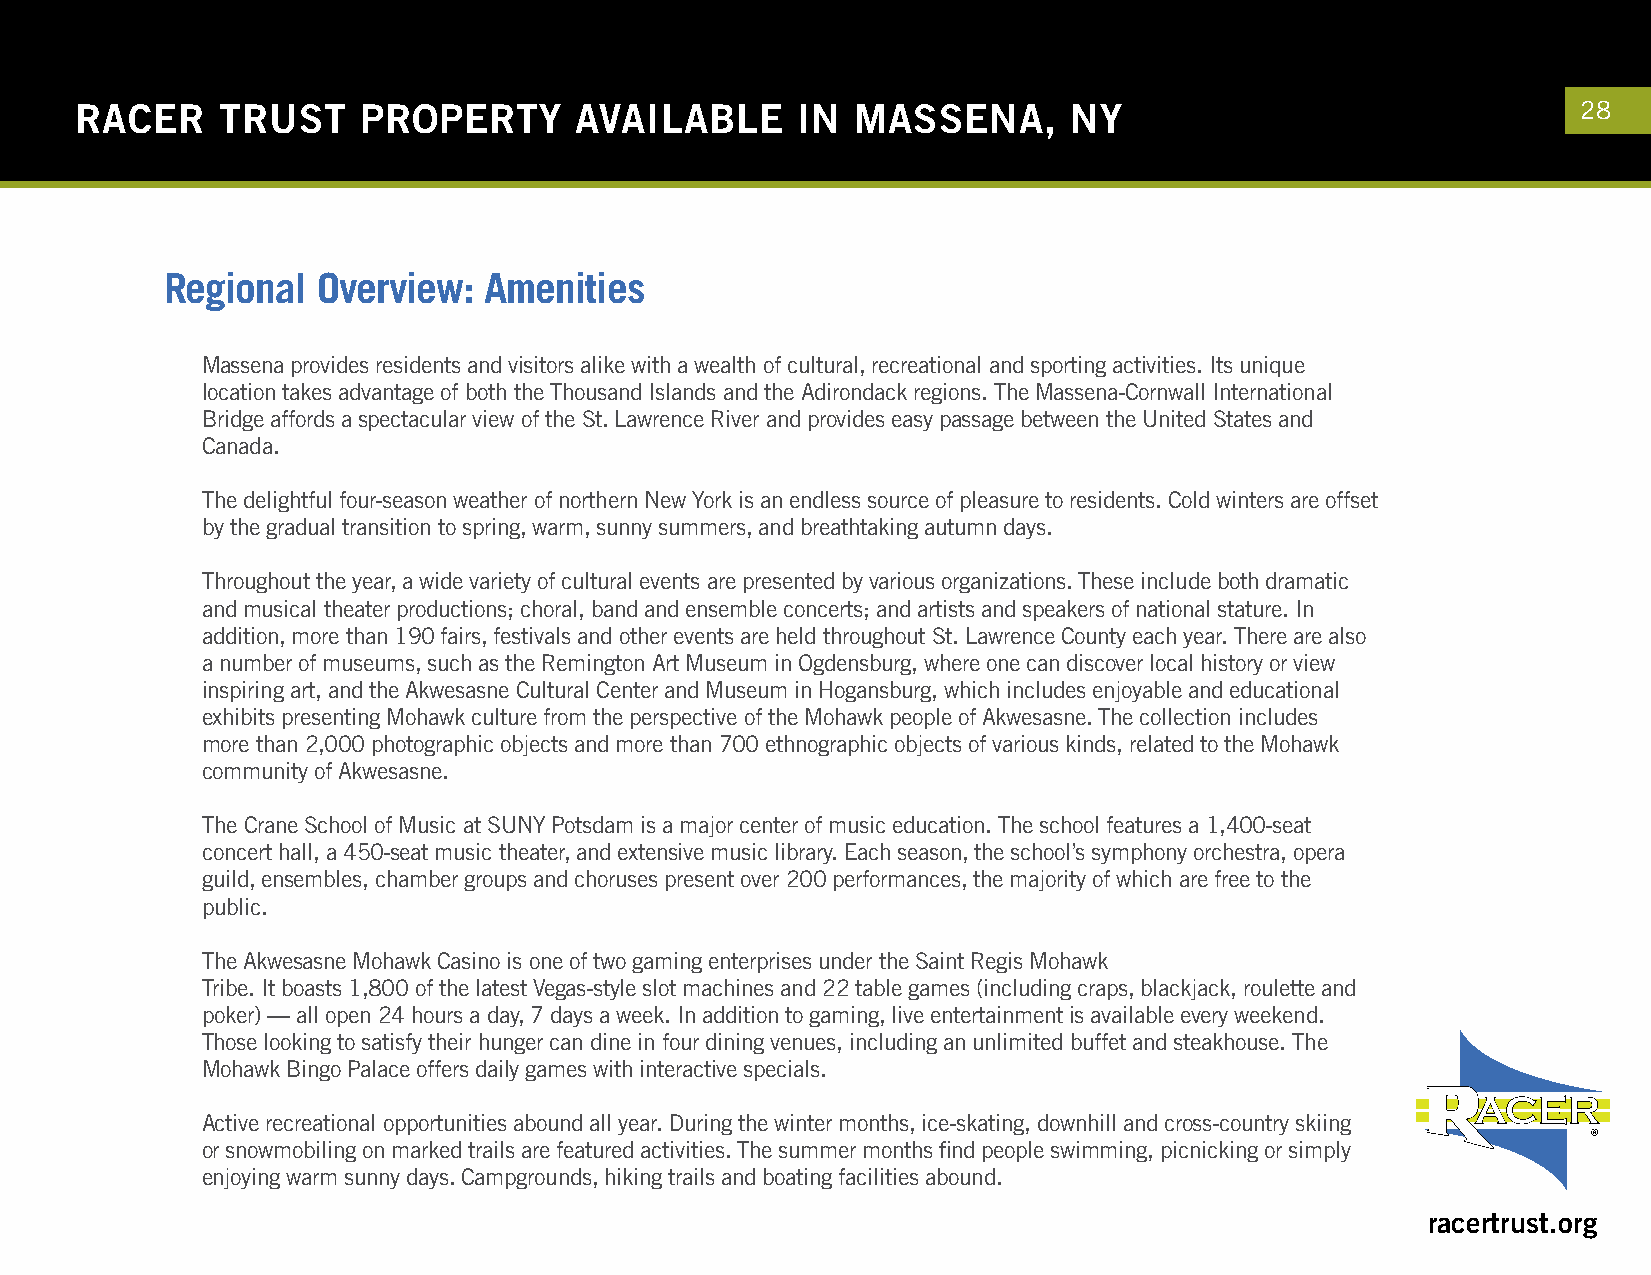
RACER    TRUST     PROPERTY      AVAILABLE      IN  MASSENA,      NY                                28
 Regional  Overview:  Amenities
 Massena provides residents and visitors alike with a wealth of cultural, recreational and sporting activities. Its unique
 location takes advantage of both the Thousand Islands and the Adirondack regions. The Massena-Cornwall International
 Bridge affords a spectacular view of the St. Lawrence River and provides easy passage between the United States and
 Canada.
 The delightful four-season weather of northern New York is an endless source of pleasure to residents. Cold winters are offset
 by the gradual transition to spring, warm, sunny summers, and breathtaking autumn days.
 Throughout the year, a wide variety of cultural events are presented by various organizations. These include both dramatic
 and musical theater productions; choral, band and ensemble concerts; and artists and speakers of national stature. In
 addition, more than 190 fairs, festivals and other events are held throughout St. Lawrence County each year. There are also
 a number of museums, such as the Remington Art Museum in Ogdensburg, where one can discover local history or view
 inspiring art, and the Akwesasne Cultural Center and Museum in Hogansburg, which includes enjoyable and educational
 exhibits presenting Mohawk culture from the perspective of the Mohawk people of Akwesasne. The collection includes
 more than 2,000 photographic objects and more than 700 ethnographic objects of various kinds, related to the Mohawk
 community of Akwesasne.
 The Crane School of Music at SUNY Potsdam is a major center of music education. The school features a 1,400-seat
 concert hall, a 450-seat music theater, and extensive music library. Each season, the school’s symphony orchestra, opera
 guild, ensembles, chamber groups and choruses present over 200 performances, the majority of which are free to the
 public.
 The Akwesasne Mohawk Casino is one of two gaming enterprises under the Saint Regis Mohawk
 Tribe. It boasts 1,800 of the latest Vegas-style slot machines and 22 table games (including craps, blackjack, roulette and
 poker) — all open 24 hours a day, 7 days a week. In addition to gaming, live entertainment is available every weekend.
 Those looking to satisfy their hunger can dine in four dining venues, including an unlimited buffet and steakhouse. The
 Mohawk Bingo Palace offers daily games with interactive specials.
 Active recreational opportunities abound all year. During the winter months, ice-skating, downhill and cross-country skiing
 or snowmobiling on marked trails are featured activities. The summer months find people swimming, picnicking or simply
 enjoying warm sunny days. Campgrounds, hiking trails and boating facilities abound.
 racertrust.org